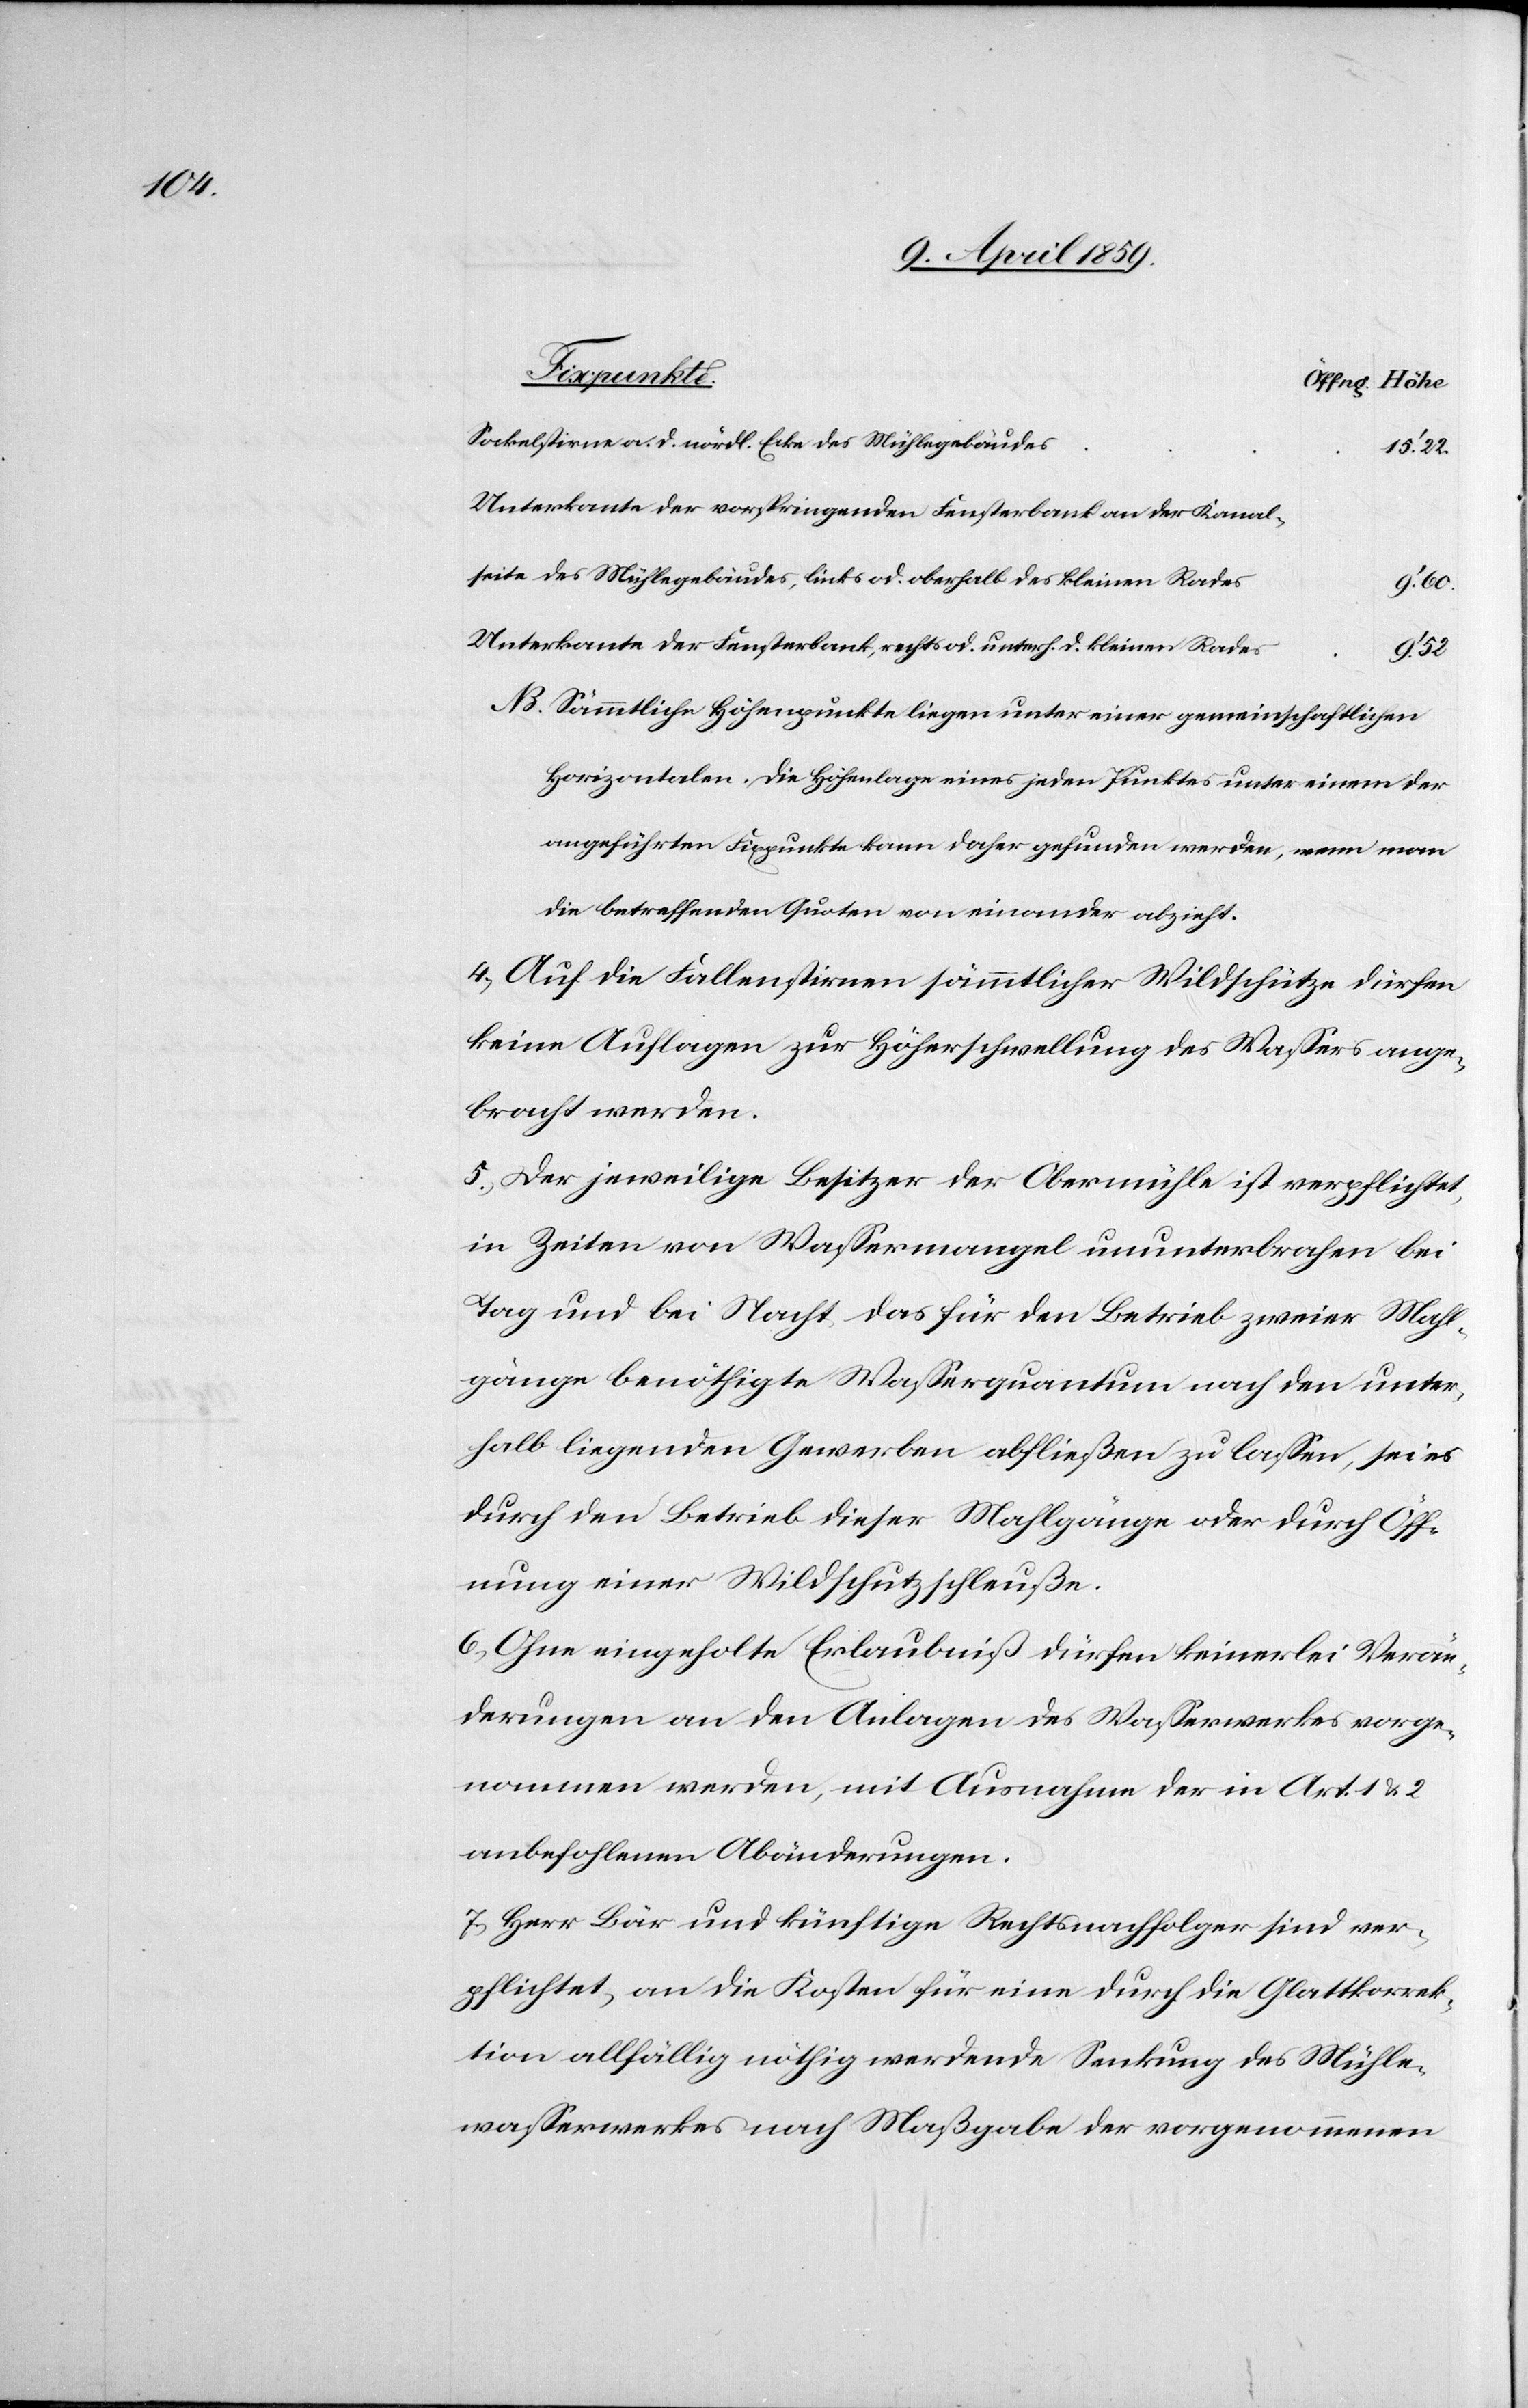
Sockelstirne a. d. nördl. Ecke des Mühlegebäudes
15‘.22.
Unterkante der vorspringenden Fensterbank an der Kanal¬
seite des Mühlegebäudes, links od. oberhalb des kleinen Rades
9‘.60.
Unterkante der Fensterbank, rechts od. unterh. d. kleinen Rades
9‘.52.
NB. Sämmtliche Höhenpunkte liegen unter einer gemeinschaftlichen
Horizontalen. Die Höhenlage eines jeden Punktes unter einem der
angeführten Fixpunkte kann daher gefunden werden, wenn man
die betreffenden Quoten von einander abzieht.
4) Auf die Fallenstirnen sämmtlicher Wildschütze dürfen
keine Auflagen zur Höherschwellung des Waßers ange¬
bracht werden.
5) Der jeweilige Besitzer der Obermühle ist verpflichtet,
in Zeiten von Waßermangel ununterbrochen bei
Tag und bei Nacht, das für den Betrieb zweier Mahl¬
gänge benöthigte Waßerquantum nach den unter¬
halb liegenden Gewerben abfließen zu laßen, sei es
durch den Betrieb dieser Mahlgänge oder durch Öff¬
nung einer Wildschutzschleuße.
6) Ohne eingeholte Erlaubniß dürfen keinerlei Verän¬
derungen an den Anlagen des Waßerwerkes vorge¬
nommen werden, mit Ausnahme der in Art. 1 & 2
anbefohlenen Abänderungen.
7) Herr Bär und künftige Rechtsnachfolger sind ver¬
pflichtet, an die Kosten für eine durch die Glattkorrek¬
tion allfällig nöthig werdende Senkung des Mühle¬
waßerwerkes nach Maßgabe der vorgenommenen